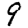
Digit: 9